Civil Veterinary Dept. Assam report 1927-50 - 1927-1950
Year: 1927
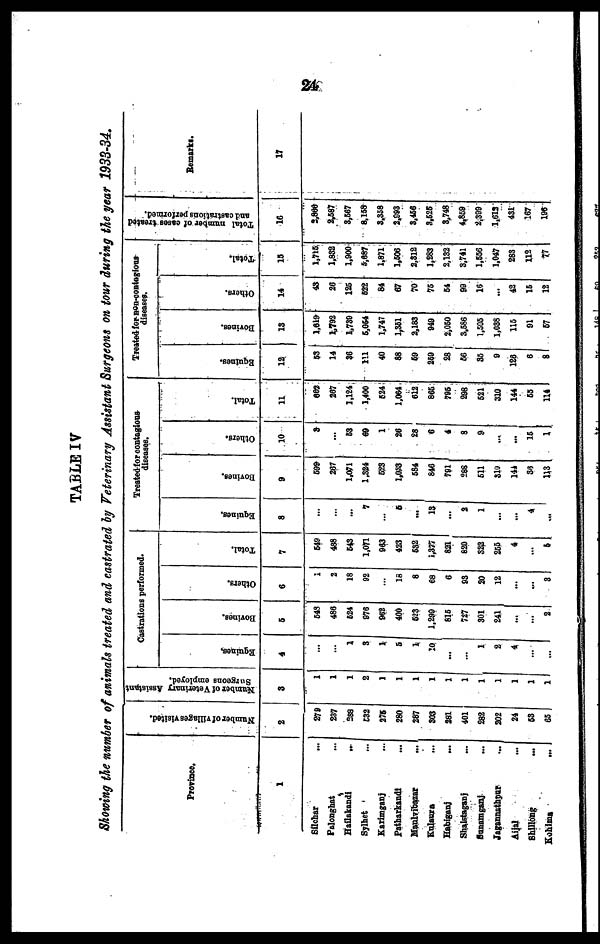
24
TABLE IV
Showing the number of animals treated and castrated by Veterinary Assistant Surgeons on tour during the year 1933-34,
Province,
1
Silchar ...
Palonghat ...
Hailakandi ...
Sylhet ...
Karimganj ...
Patharkandi ...
Maulvibazar ...
Kulsura ...
Habiganj ...
Shalstaganj ...
Sunamganj ...
Jagannathpur ...
Aijal ...
Shillong ...
Kohims
...
Number of villages visited.
2
278
237
288
E32
275
280
287
303
281
401
282
202
24
63
65
Number of Veterinary Assistant
Surgeons employed.
3
1
1
1
1
1
1
1
1
1
1
1
1
1
1
1
Castrations performed.
Equines.
4
...
...
1
3
1
6
1
10
...
...
1
2
4
...
...
Bovines.
5
649
486
624
976
962
400
623
1,299
815
727
301
241
...
...
2
Others.
6
1
2
18
92
...
18
8
68
6
93
20
12
...
...
8
Total.
7
649
488
643
1,071
963
423
632
1,877
821
820
322
255
4
...
6
Treated for contagious
diseases.
Equines.
8
...
...
...
7
...
5
...
13
...
2
1
...
...
4
...
Bovines.
9
599
267
1,071
1,324
623
1,0,33
584
846
791
288
611
310
144
36
113
Others.
10
3
...
63
69
1
26
28
6
4
8
9
...
...
15
1
Total.
11
662
267
1,124
1,400
524
1,064
612
866
795
298
621
310
144
55
114
Treated for non-contagious
diseases.
Equines.
12
53
14
36
111
40
88
69
259
28
66
35
9
126
6
8
Bovines.
13
1,619
1,792
1,789
5,054
1,747
1,351
2,183
949
2,050
3,686
1,505
1,038
115
91
67
Others.
1
14
43
26
125
522
84
67
70
75
54
99
16
...
42
15
12
Total.
15
1,715
1,832
1,900
5,687
1,871
1,506
2,312
1,283
2,132
3,741
1,556
1,047
283
112
17
Total number of cases treated
and castrations performed.
16
2,866
2,587
3,567
8,158
3,358
2,993
3,456
3,525
3,748
4,859
2,399
1,613
431
167
196
Remarks.
17